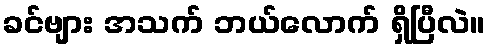
ခင်ဗျား အသက် ဘယ်လောက် ရှိပြီလဲ။